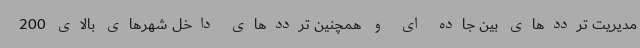
مدیریت ترددهای بین جاده ای و همچنین ترددهای داخل شهرهای بالای 200